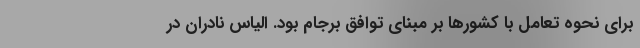
برای نحوه تعامل با کشورها بر مبنای توافق برجام بود. الیاس نادران در